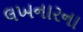
લખનારના